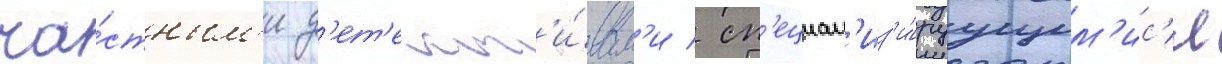
ча́стным'и д'ет'ект'и́вам'и / сп'ециал'из'и́руущим'ис'я